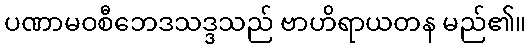
ပဏာမဝစီဘေဒသဒ္ဒသည် ဗာဟိရာယတန မည်၏။